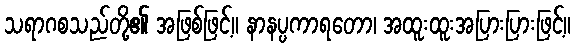
သရာဂစသည်တို့၏ အဖြစ်ဖြင့်။ နာနပ္ပကာရတော၊ အထူးထူးအပြားပြားဖြင့်။